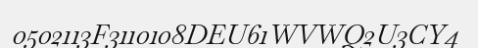
0502113F3110108DEU61WVWQ2U3CY4